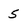
Character: 5